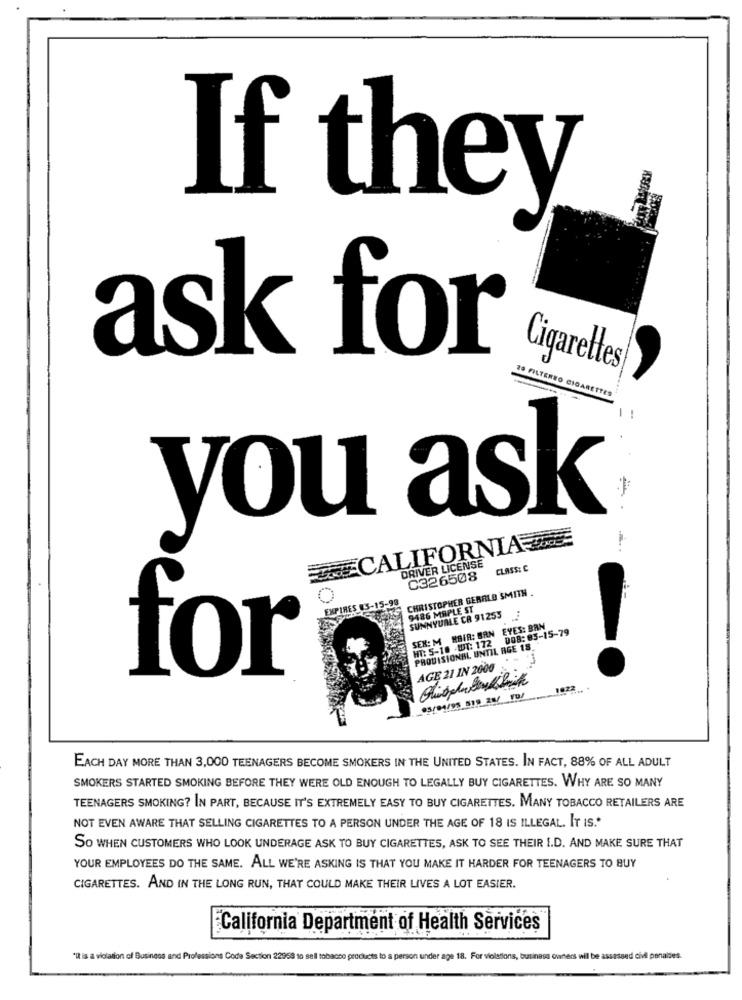
If they
ask for
Cigarettes
29 FILTEREO CIGARETTES
you ask
CALIFORNIA
DRIVER LICENSE
CLASS: C
0326508
CHRISTOPHER GERALD SMITH .
3-15-9
EXPIRES
9486 MAPLE ST
SUNNYURLE CR 91253
SEX: M HAIR: BAN EYES: BAN
HT: 5-10 -WT: 172 008: 85-15-79
PROVISIONAL UNTIL RGE 18
for
AGE 21 IN 2600
1622
03/04/95 519 28/ YU/
EACH DAY MORE THAN 3,000 TEENAGERS BECOME SMOKERS IN THE UNITED STATES. IN FACT, 88% OF ALL ADULT
SMOKERS STARTED SMOKING BEFORE THEY WERE OLD ENOUGH TO LEGALLY BUY CIGARETTES. WHY ARE SO MANY
TEENAGERS SMOKING? IN PART, BECAUSE IT'S EXTREMELY EASY TO BUY CIGARETTES. MANY TOBACCO RETAILERS ARE
NOT EVEN AWARE THAT SELLING CIGARETTES TO A PERSON UNDER THE AGE OF 18 IS ILLEGAL. IT IS."
SO WHEN CUSTOMERS WHO LOOK UNDERAGE ASK TO BUY CIGARETTES, ASK TO SEE THEIR I.D. AND MAKE SURE THAT
YOUR EMPLOYEES DO THE SAME. ALL WE'RE ASKING IS THAT YOU MAKE IT HARDER FOR TEENAGERS TO BUY
CIGARETTES. AND IN THE LONG RUN, THAT COULD MAKE THEIR LIVES A LOT EASIER.
California Department of Health Services
'I is a violation of Business and Professions Code Section 229
ucts to a person under age 18. Forv
Olaners wil be assessed ciddi penaldes.